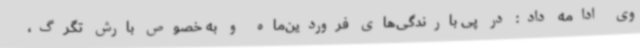
وی ادامه داد: در پی بارندگی‌های فروردین‌ماه و به خصوص بارش تگرگ،